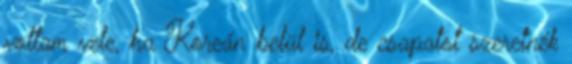
voltam vele, ha Koreán belül is, de csapatot szeretnék